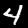
Digit: 4